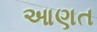
આણત